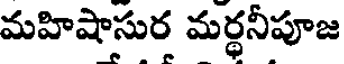
మహిషాసుర మర్థనీపూజ